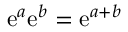
\mathrm { e } ^ { a } \mathrm { e } ^ { b } = \mathrm { e } ^ { a + b }